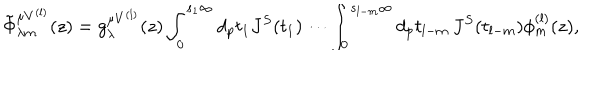
\tilde { \Phi } _ { \lambda m } ^ { \mu V ^ { ( l ) } } ( z ) = g _ { \lambda } ^ { \mu V ^ { ( l ) } } ( z ) \int _ { 0 } ^ { s _ { 1 } \infty } d _ { p } t _ { 1 } J ^ { S } ( t _ { 1 } ) \cdots \int _ { 0 } ^ { s _ { l - m } \infty } d _ { p } t _ { l - m } \, J ^ { S } ( t _ { l - m } ) \phi _ { m } ^ { ( l ) } ( z ) ,